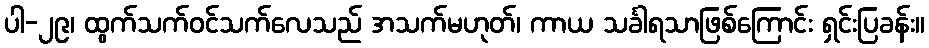
ပါ-၂၉၊ ထွက်သက်ဝင်သက်လေသည် အသက်မဟုတ်၊ ကာယ သင်္ခါရသာဖြစ်ကြောင်း ရှင်းပြခန်း။